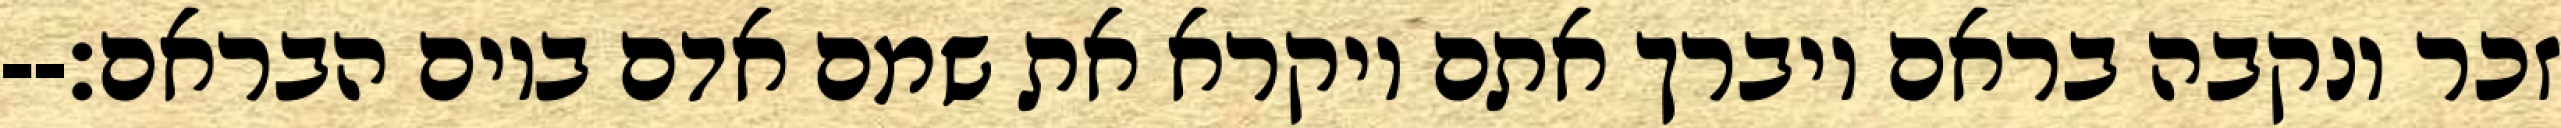
זכר ונקבה בראם ויברך אתם ויקרא את שמם אדם ביום הבראם׃--